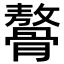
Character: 𩪋